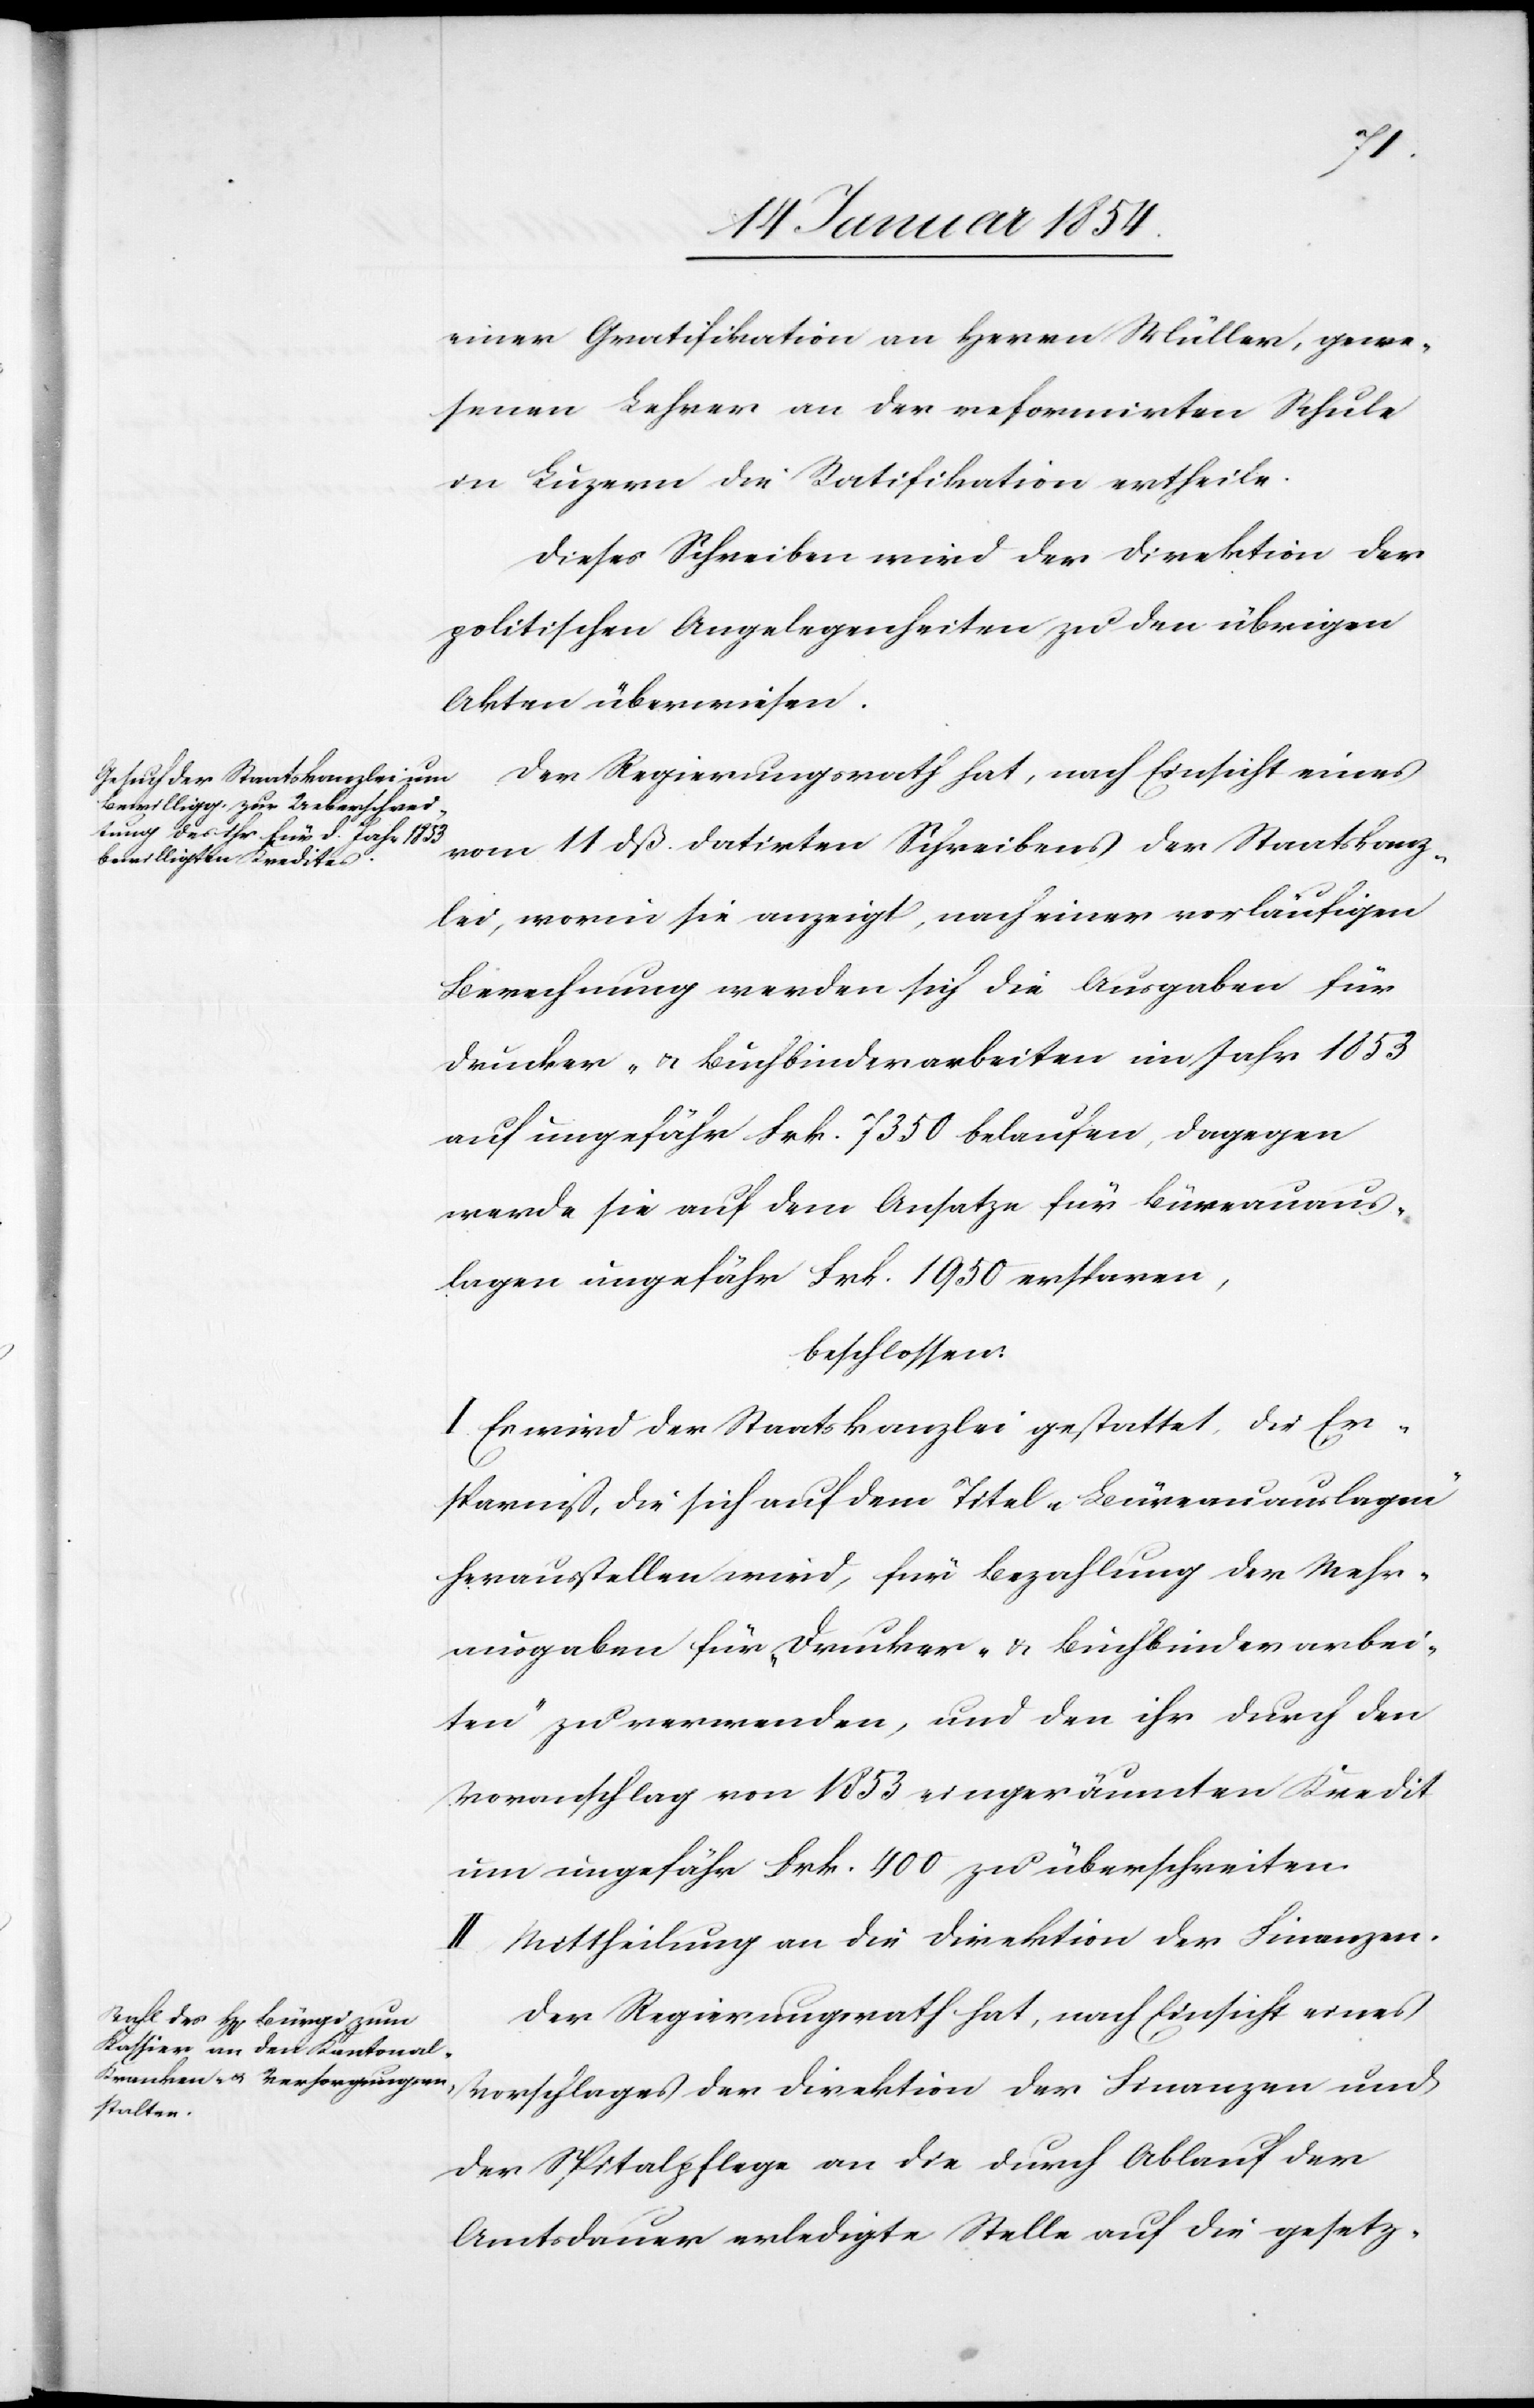
einer Gratifikation an Herrn Müller, gewe¬
senen Lehrer an der reformirten Schule
in Luzern die Ratifikation ertheile.
Dieses Schreiben wird der Direktion der
politischen Angelegenheiten zu den übrigen
Akten überwiesen.
Der Regierungsrath hat, nach Einsicht eines
vom 11 dß. datirten Schreibens der Staatskanz¬
lei, worin sie anzeigt, nach einer vorläufigen
Bewachung werden sich die Ausgaben für
Drucker- u. Buchbinderarbeiten im Jahr 1853
auf ungefähr Frk. 7350 belaufen, dagegen
werde sie auf dem Ansatze für Büreauaus¬
lagen ungefähr Fr. 1950 ersparen,
beschlossen:
I. Es wird der Staatskanzlei gestattet, die Er¬
sparniß, die sich auf dem Titel „Büreauauslagen“
herausstellen wird, für Bezahlung der Mehr¬
ausgaben für „Drucker- u. Buchbinderarbei¬
ten“ zu verwenden, und den ihr durch den
Voranschlag von 1853 eingeräumten Kredit
um ungefähr Frk. 400 zu überschreiten.
II. Mittheilung an die Direktion der Finanzen.
Der Regierungsrath hat, nach Einsicht eines
Vorschlages der Direktion der Finanzen und
der Spitalpflege an die durch Ablauf der
Amtsdauer erledigte Stelle auf die gesetz-